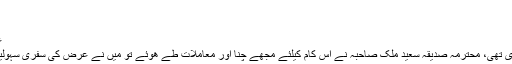
غا ز ی مسجد بھو نگ - آوازہ
غا ز ی مسجد بھو نگ
عکاسی و تحریر: محمد اظہر حفیظ
انڈس ھیریٹیج ٹرسٹ کی ڈاکومنٹری تھی، محترمہ صدیقہ سعید ملک صاحبہ نے اس کام کیلئے مجھے چنا اور معاملات طے ھوئے تو میں نے عرض کی سفری سہولیات اور رھائش آپ مہیا کریں گی۔